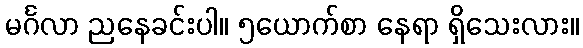
မင်္ဂလာ ညနေခင်းပါ။ ၅ယောက်စာ နေရာ ရှိသေးလား။